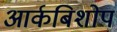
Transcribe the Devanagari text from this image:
आर्कबिशोप